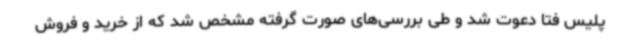
پلیس فتا دعوت شد و طی بررسی‌های صورت گرفته مشخص شد که از خرید و فروش